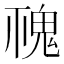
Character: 𩲚